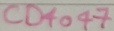
Text: CD4077